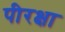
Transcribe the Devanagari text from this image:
पीरक्षा